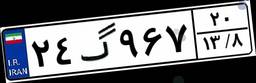
۲۴گ۹۶۷۲۰